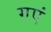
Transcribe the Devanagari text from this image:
गएं